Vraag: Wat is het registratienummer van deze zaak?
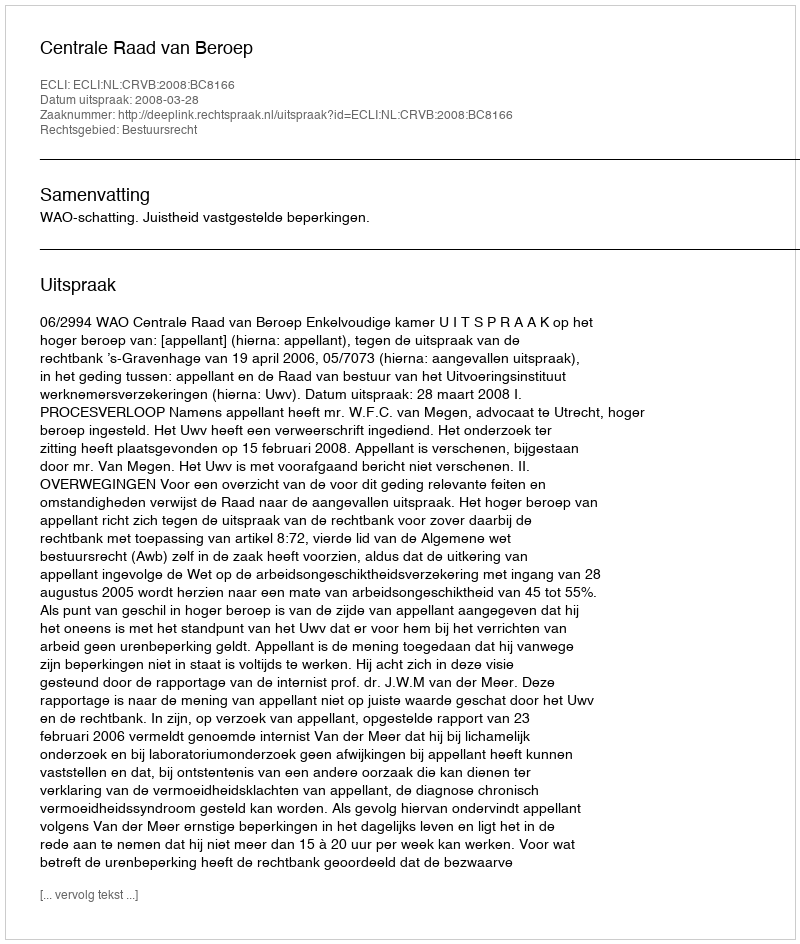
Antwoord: http://deeplink.rechtspraak.nl/uitspraak?id=ECLI:NL:CRVB:2008:BC8166